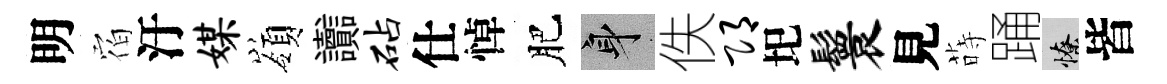
明𪧐汙媒嶺讟砧仕悼肥身佚邛圯鬟見蒔踊憭皆